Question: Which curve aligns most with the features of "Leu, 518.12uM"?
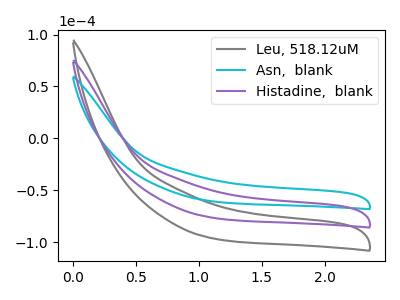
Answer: <think>The gray curve "Leu, 518.12uM" has no peaks. The cyan curve "Asn,  blank" has no peaks. The purple curve "Histadine,  blank" has no peaks.
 Neither "Leu, 518.12uM" or "Asn,  blank" have any peaks. Neither "Leu, 518.12uM" or "Histadine,  blank" have any peaks. Neither "Asn,  blank" or "Histadine,  blank" have any peaks.</think>
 <answer>"Leu, 518.12uM" and "Histadine,  blank" have a similar shape to "Asn,  blank".</answer>
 <eval>"Leu, 518.12uM" "Histadine,  blank"</eval>